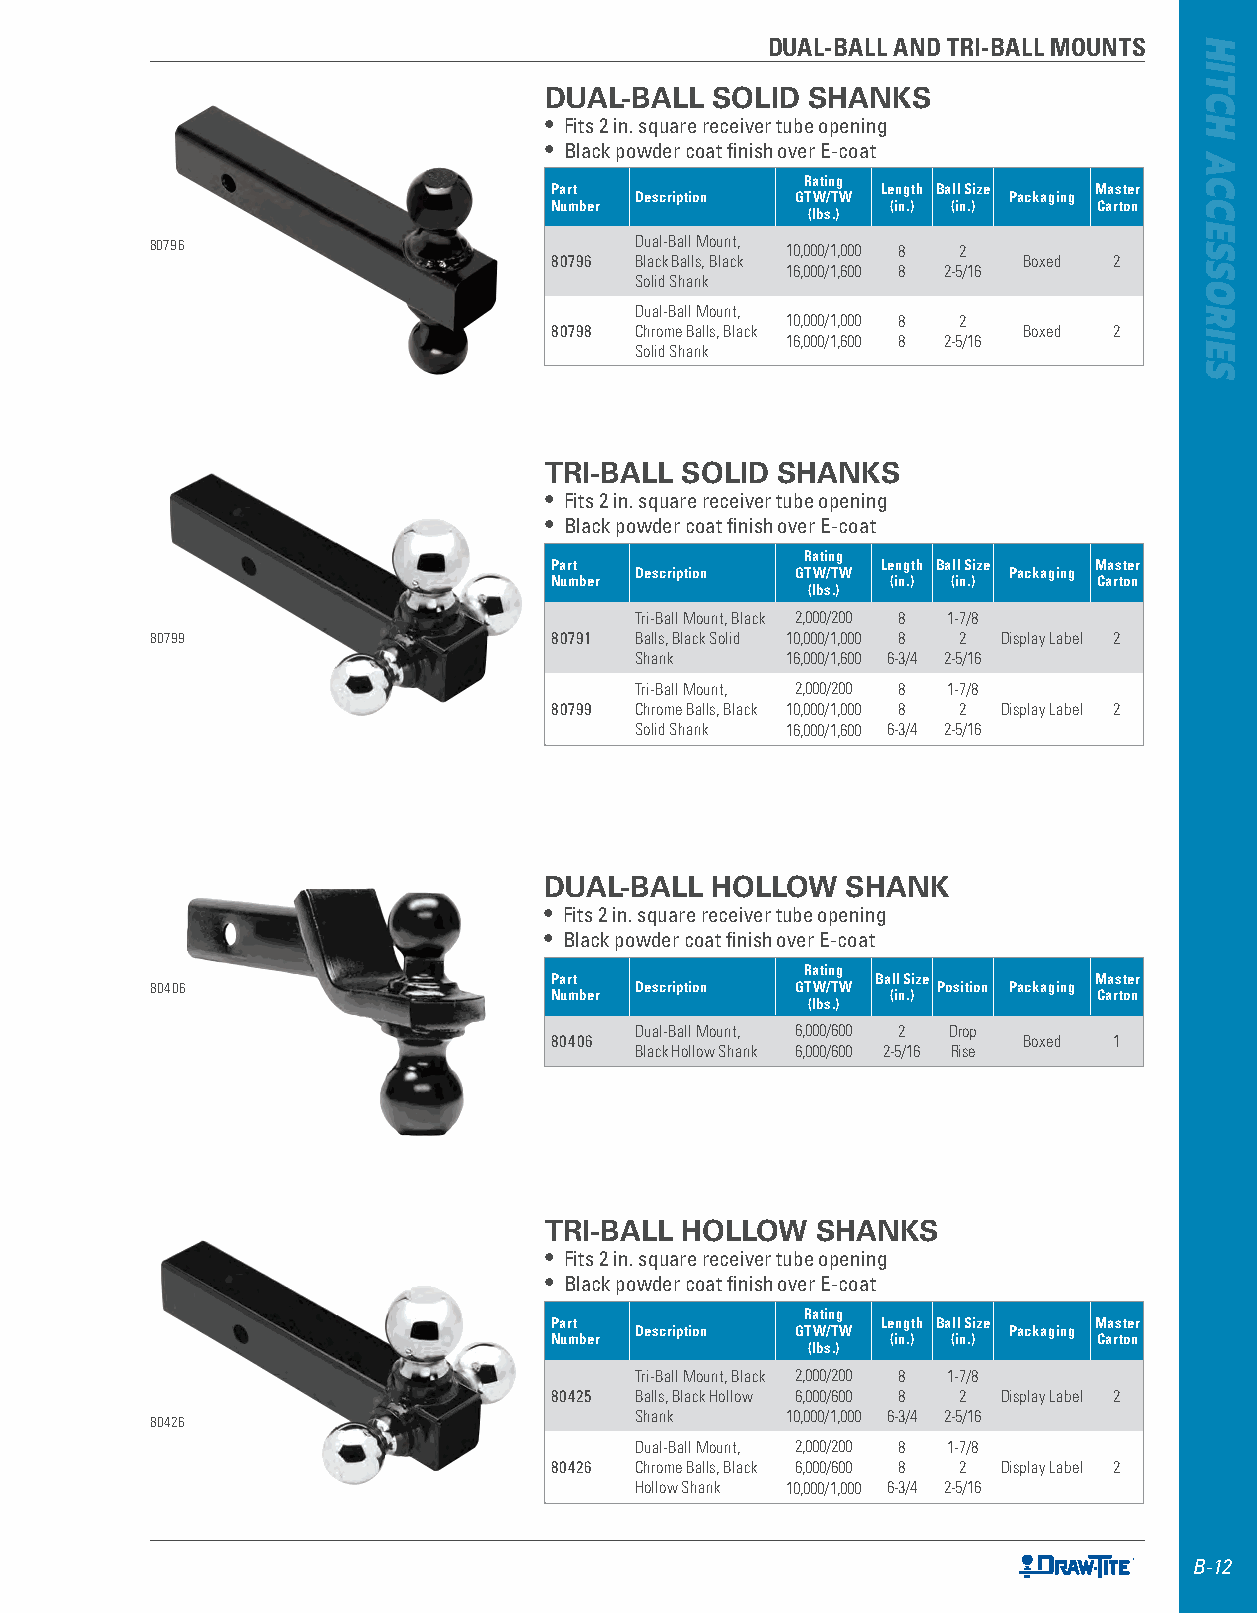
DUAL-BALL AND TRI-BALL MOUNTS
 DUAL-BALL  SOLID SHANKS
 • Fits 2 in . square receiver tube opening
 • Black powder coat finish over E-coat
 Rating
 Part                  Length Ball Size Master
 Description GTW/TW       Packaging
 Number                 (in.) (in.)   Carton
 (lbs.)
 80796                           Dual-Ball Mount, 10,000/1,000 8 2
 80796 Black Balls, Black        Boxed 2
 16,000/1,600 8 2-5/16
 Solid Shank
 Dual-Ball Mount,
 10,000/1,000 8 2
 80798 Chrome Balls, Black       Boxed 2
 16,000/1,600 8 2-5/16
 Solid Shank
 TRI-BALL SOLID SHANKS
 • Fits 2 in . square receiver tube opening
 • Black powder coat finish over E-coat
 Rating
 Part                  Length Ball Size Master
 Description GTW/TW       Packaging
 Number                 (in.) (in.)   Carton
 (lbs.)
 Tri-Ball Mount, Black 2,000/200 8 1-7/8
 80799                     80791 Balls, Black Solid 10,000/1,000 8 2 Display Label 2
 Shank     16,000/1,600 6-3/4 2-5/16
 Tri-Ball Mount, 2,000/200 8 1-7/8
 80799 Chrome Balls, Black 10,000/1,000 8 2 Display Label 2
 Solid Shank 16,000/1,600 6-3/4 2-5/16
 DUAL-BALL  HOLLOW   SHANK
 • Fits 2 in . square receiver tube opening
 • Black powder coat finish over E-coat
 Rating
 Part                  Ball Size     Master
 80406                           Description GTW/TW  Position Packaging
 Number                 (in.)         Carton
 (lbs.)
 Dual-Ball Mount, 6,000/600 2 Drop
 80406                           Boxed 1
 Black Hollow Shank 6,000/600 2-5/16 Rise
 TRI-BALL HOLLOW   SHANKS
 • Fits 2 in . square receiver tube opening
 • Black powder coat finish over E-coat
 Rating
 Part                  Length Ball Size Master
 Description GTW/TW       Packaging
 Number                 (in.) (in.)   Carton
 (lbs.)
 Tri-Ball Mount, Black 2,000/200 8 1-7/8
 80425 Balls, Black Hollow 6,000/600 8 2 Display Label 2
 80426                           Shank     10,000/1,000 6-3/4 2-5/16
 Dual-Ball Mount, 2,000/200 8 1-7/8
 80426 Chrome Balls, Black 6,000/600 8 2 Display Label 2
 Hollow Shank 10,000/1,000 6-3/4 2-5/16
 B-12
 HITCH
 ACCESSORIES